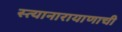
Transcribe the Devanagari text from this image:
स्त्यानारायाणाची